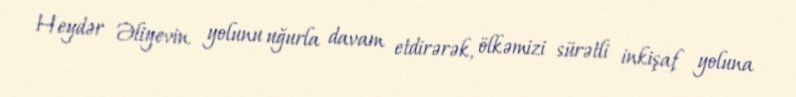
Heydər Əliyevin yolunu uğurla davam etdirərək, ölkəmizi sürətli inkişaf yoluna